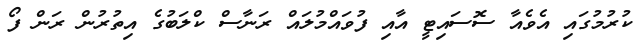
ކުރުމުގައި އެވެއާ ސޮސައިޓީ އާއި ފުވައްމުލައް ރަނާސް ކްލަބުގެ އިތުރުން ރަން ފޯ